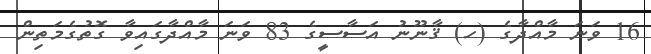
16 ވަނަ މާއްދާގެ (ހ) ޤާނޫނު އަސާސީގެ 83 ވަނަ މާއްދާގައިވާ ގޮތުގެމަތިން